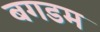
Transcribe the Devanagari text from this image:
बगडम